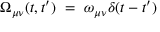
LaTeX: \Omega _ { \mu \nu } ( t , t ^ { \prime } ) ~ = ~ \omega _ { \mu \nu } \delta ( t - t ^ { \prime } )